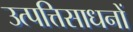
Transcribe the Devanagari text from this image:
उत्पत्तिसाधनों